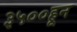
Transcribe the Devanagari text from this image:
३५००हून